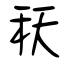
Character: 秗